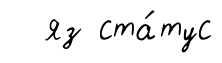
яз ста́тус